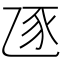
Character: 𧰦